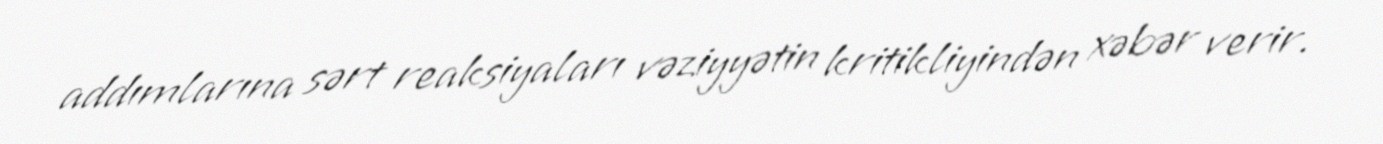
addımlarına sərt reaksiyaları vəziyyətin kritikliyindən xəbər verir.